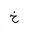
Letter: _kha